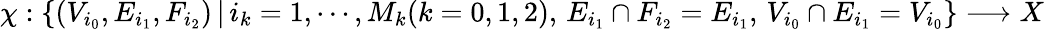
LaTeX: \chi:\{ (V_{i_{0}},E_{i_{1}},F_{i_{2}})\, |\, i_{k}=1,\cdots,M_{k}(k=0,1,2),\, E_{i_{1}}\cap F_{i_{2}}=E_{i_{1}},\, V_{i_{0}}\cap E_{i_{1}}=V_{i_{0}}\} \longrightarrow X